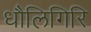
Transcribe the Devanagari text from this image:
धौलिगिरि